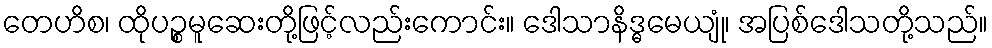
တေဟိစ၊ ထိုပဉ္စမူဆေးတို့ဖြင့်လည်းကောင်း။ ဒေါသာနိဒ္ဓမေယျုံ၊ အပြစ်ဒေါသတို့သည်။